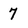
Character: 7